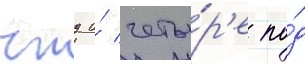
тнд и́ четы́р'е по́д